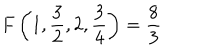
F \left( 1 , { \frac { 3 } { 2 } } , 2 , { \frac { 3 } { 4 } } \right) = { \frac { 8 } { 3 } }